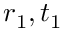
r _ { 1 } , t _ { 1 }